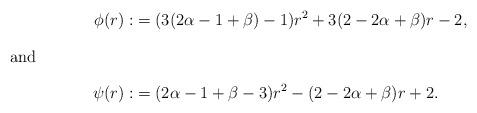
LaTeX: \begin{align*}\phi(r):&=(3(2\alpha-1+\beta)-1)r^2+3(2-2\alpha+\beta)r-2,\intertext{and}\psi(r):&= (2\alpha-1+\beta-3)r^2-(2-2\alpha+\beta)r+2.\end{align*}